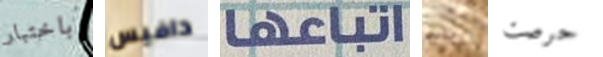
باختبار دافيس اتباعها بارني حرصت